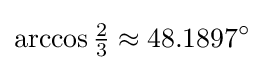
\arccos {\tfrac {2}{3}}\approx 48.1897^{\circ }